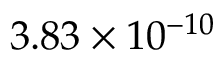
3 . 8 3 \times 1 0 ^ { - 1 0 }